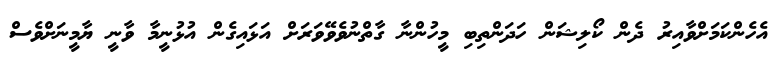
އެހެންކަމަށްވާއިރު ދެން ކޯލިޝަން ހަދަންތިބި މީހުންނާ ގާތްނުވެވޭވަރަށް އަޅައިގެން އުޅުނީމާ ވާނީ ޔާމީނަށްވެސް